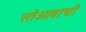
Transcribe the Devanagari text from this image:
स्तेआवाची